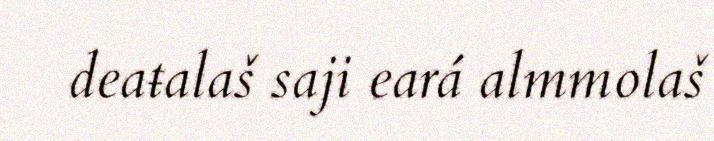
deaŧalaš saji eará almmolaš